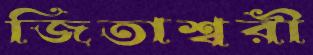
জিতাশ্বরী